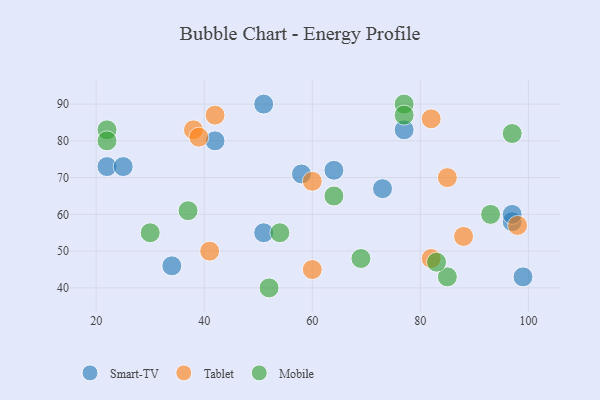
{"axis": {"x": "GDP", "y": "Life Expectancy"}, "legend": ["Mobile", "Smart-TV", "Tablet"], "data": [{"x": "99", "y": 43, "type": "Smart-TV"}, {"x": "42", "y": 80, "type": "Smart-TV"}, {"x": "97", "y": 58, "type": "Smart-TV"}, {"x": "34", "y": 46, "type": "Smart-TV"}, {"x": "64", "y": 72, "type": "Smart-TV"}, {"x": "77", "y": 83, "type": "Smart-TV"}, {"x": "51", "y": 90, "type": "Smart-TV"}, {"x": "22", "y": 73, "type": "Smart-TV"}, {"x": "58", "y": 71, "type": "Smart-TV"}, {"x": "51", "y": 55, "type": "Smart-TV"}, {"x": "25", "y": 73, "type": "Smart-TV"}, {"x": "73", "y": 67, "type": "Smart-TV"}, {"x": "97", "y": 60, "type": "Smart-TV"}, {"x": "98", "y": 57, "type": "Tablet"}, {"x": "60", "y": 45, "type": "Tablet"}, {"x": "38", "y": 83, "type": "Tablet"}, {"x": "39", "y": 81, "type": "Tablet"}, {"x": "82", "y": 86, "type": "Tablet"}, {"x": "42", "y": 87, "type": "Tablet"}, {"x": "82", "y": 48, "type": "Tablet"}, {"x": "60", "y": 69, "type": "Tablet"}, {"x": "41", "y": 50, "type": "Tablet"}, {"x": "88", "y": 54, "type": "Tablet"}, {"x": "85", "y": 70, "type": "Tablet"}, {"x": "22", "y": 83, "type": "Mobile"}, {"x": "93", "y": 60, "type": "Mobile"}, {"x": "69", "y": 48, "type": "Mobile"}, {"x": "85", "y": 43, "type": "Mobile"}, {"x": "22", "y": 80, "type": "Mobile"}, {"x": "52", "y": 40, "type": "Mobile"}, {"x": "64", "y": 65, "type": "Mobile"}, {"x": "30", "y": 55, "type": "Mobile"}, {"x": "97", "y": 82, "type": "Mobile"}, {"x": "37", "y": 61, "type": "Mobile"}, {"x": "83", "y": 47, "type": "Mobile"}, {"x": "54", "y": 55, "type": "Mobile"}, {"x": "77", "y": 90, "type": "Mobile"}, {"x": "77", "y": 87, "type": "Mobile"}]}